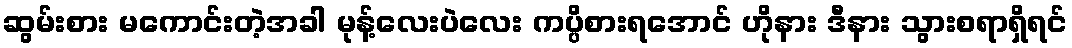
ဆွမ်းစား မကောင်းတဲ့အခါ မုန့်လေးပဲလေး ကပ္ပိစားရအောင် ဟိုနား ဒီနား သွားစရာရှိရင်